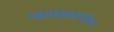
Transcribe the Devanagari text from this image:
न्यायालायीय